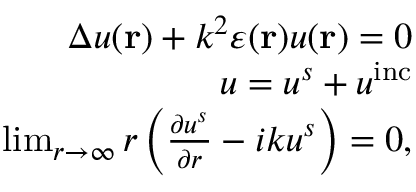
\begin{array} { r } { \Delta u ( \mathbf { r } ) + k ^ { 2 } \varepsilon ( \mathbf { r } ) u ( \mathbf { r } ) = 0 } \\ { u = u ^ { s } + u ^ { \mathrm { i n c } } } \\ { \operatorname* { l i m } _ { r \to \infty } r \left( \frac { \partial u ^ { s } } { \partial r } - i k u ^ { s } \right) = 0 , } \end{array}